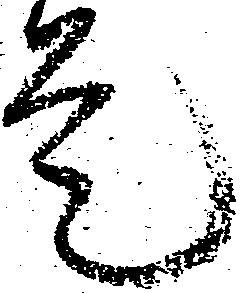
是